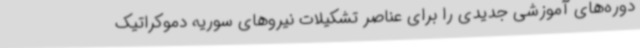
دوره‌های آموزشی جدیدی را برای عناصر تشکیلات نیروهای سوریه دموکراتیک